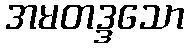
အမတဒ္ဒသော